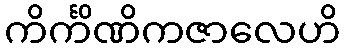
ကိင်္ကိဏိကဇာလေဟိ